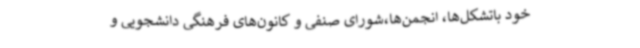
خود باتشکل‌ها، انجمن‌ها،شورای صنفی و کانون‌های فرهنگی دانشجویی و